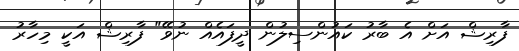
ފާރިޝް އަށް އެ ބާރު ކައުންސިލުން ދީފައެއް ނުވޭ" ފާރިޝް އަކީ މިހާރު